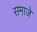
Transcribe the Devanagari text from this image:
समाजे